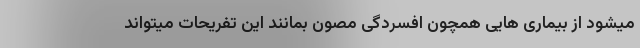
میشود از بیماری هایی همچون افسردگی مصون بمانند این تفریحات میتواند